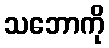
သဘောကို